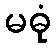
မဓုံ